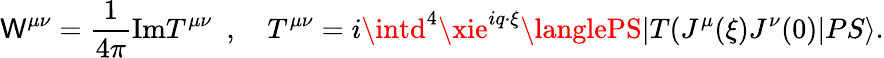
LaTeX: \mathsf{W}^{\mu\nu}={\frac{{1}}{{4\pi}}}\mathrm{{Im}}T^{\mu\nu}~~,~~~~T^{\mu\nu}=i\intd^{4}\xie^{iq\cdot\xi}\langlePS|T(J^{\mu}(\xi)J^{\nu}(0)|PS\rangle.